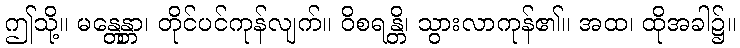
ဤသို့။ မန္တေန္တာ၊ တိုင်ပင်ကုန်လျက်။ ဝိစရန္တိ၊ သွားလာကုန်၏။ အထ၊ ထိုအခါ၌။